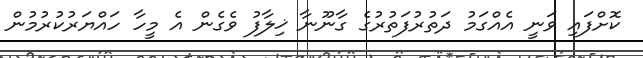
ކޮށްފައި ވަނީ އެއްގަމު ދަތުރުފަތުރުގެ ގާނޫނާ ޚިލާފު ވެގެން އެ މީހާ ހައްޔަރުކުރުމުން